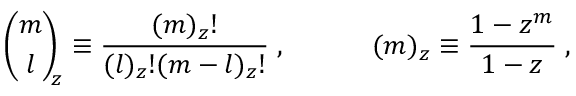
{ \binom { m } { l } } _ { \! \! z } \equiv \frac { ( m ) _ { z } ! } { ( l ) _ { z } ! ( m - l ) _ { z } ! } \; , \; \; \; \; \; \; \; \; \; \; \; ( m ) _ { z } \equiv \frac { 1 - z ^ { m } } { 1 - z } \; ,